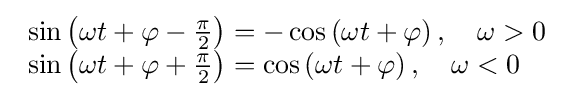
{\begin{array}{lll}\sin \left(\omega t+\varphi -{\tfrac {\pi }{2}}\right)=-\cos \left(\omega t+\varphi \right),\quad \omega >0\\\sin \left(\omega t+\varphi +{\tfrac {\pi }{2}}\right)=\cos \left(\omega t+\varphi \right),\quad \omega <0\end{array}}